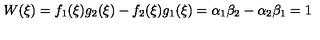
W ( \xi ) = f _ { 1 } ( \xi ) g _ { 2 } ( \xi ) - f _ { 2 } ( \xi ) g _ { 1 } ( \xi ) = \alpha _ { 1 } \beta _ { 2 } - \alpha _ { 2 } \beta _ { 1 } = 1